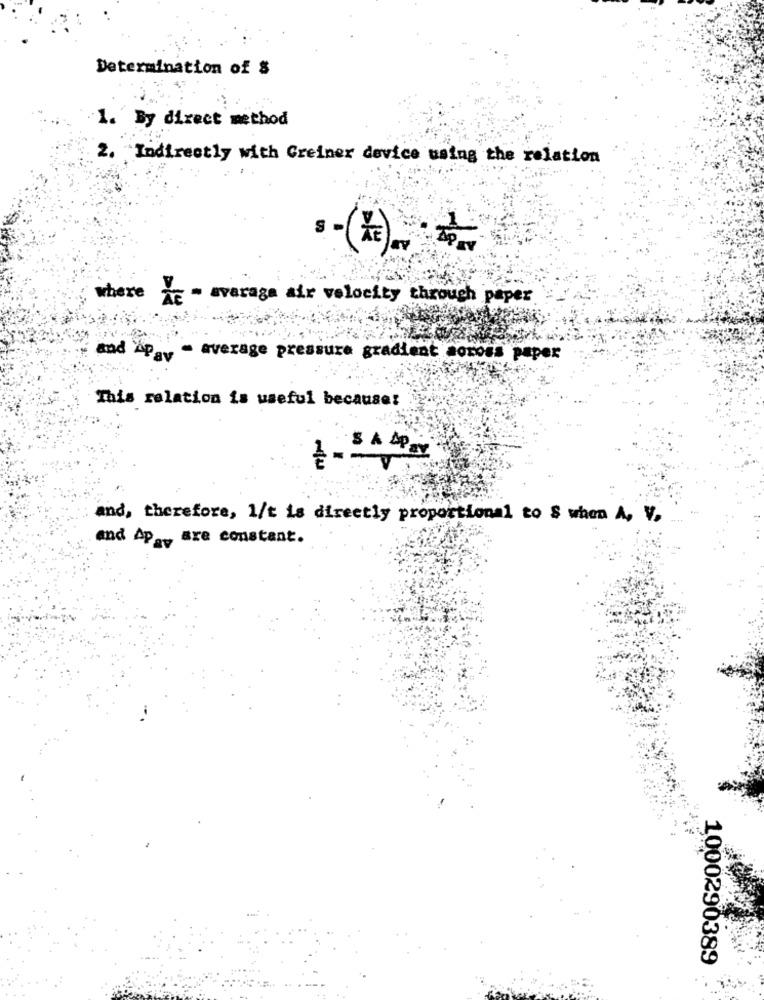
Determination of $
1. By direct method
2. Indirectly with Greiner device using the relation
.- (E) ==
where he - average air velocity through paper .
and Apav - average pressure gradient soross paper
This relation is useful because!
S A
and, therefore, 1/t is directly proportional to S when A, V,
and Ap. are constant.
1000290389